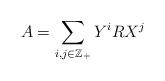
LaTeX: \begin{align*}A=\sum_{i,j\in\mathbb{Z}_+}Y^iRX^j \end{align*}